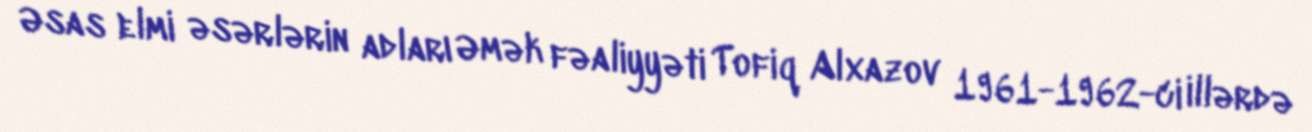
Əsas elmi əsərlərin adları Əmək fəaliyyəti Tofiq Alxazov 1961-1962-ci illərdə